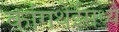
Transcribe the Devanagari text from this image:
कांगथेईमध्ये